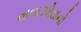
વાવાઝોડાનો